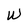
Character: W